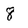
Character: 8